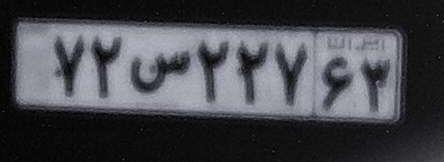
۷۲س۲۲۷۶۳